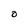
Character: O